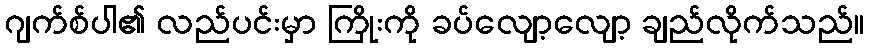
ဂျက်စ်ပါ၏ လည်ပင်းမှာ ကြိုးကို ခပ်လျော့လျော့ ချည်လိုက်သည်။